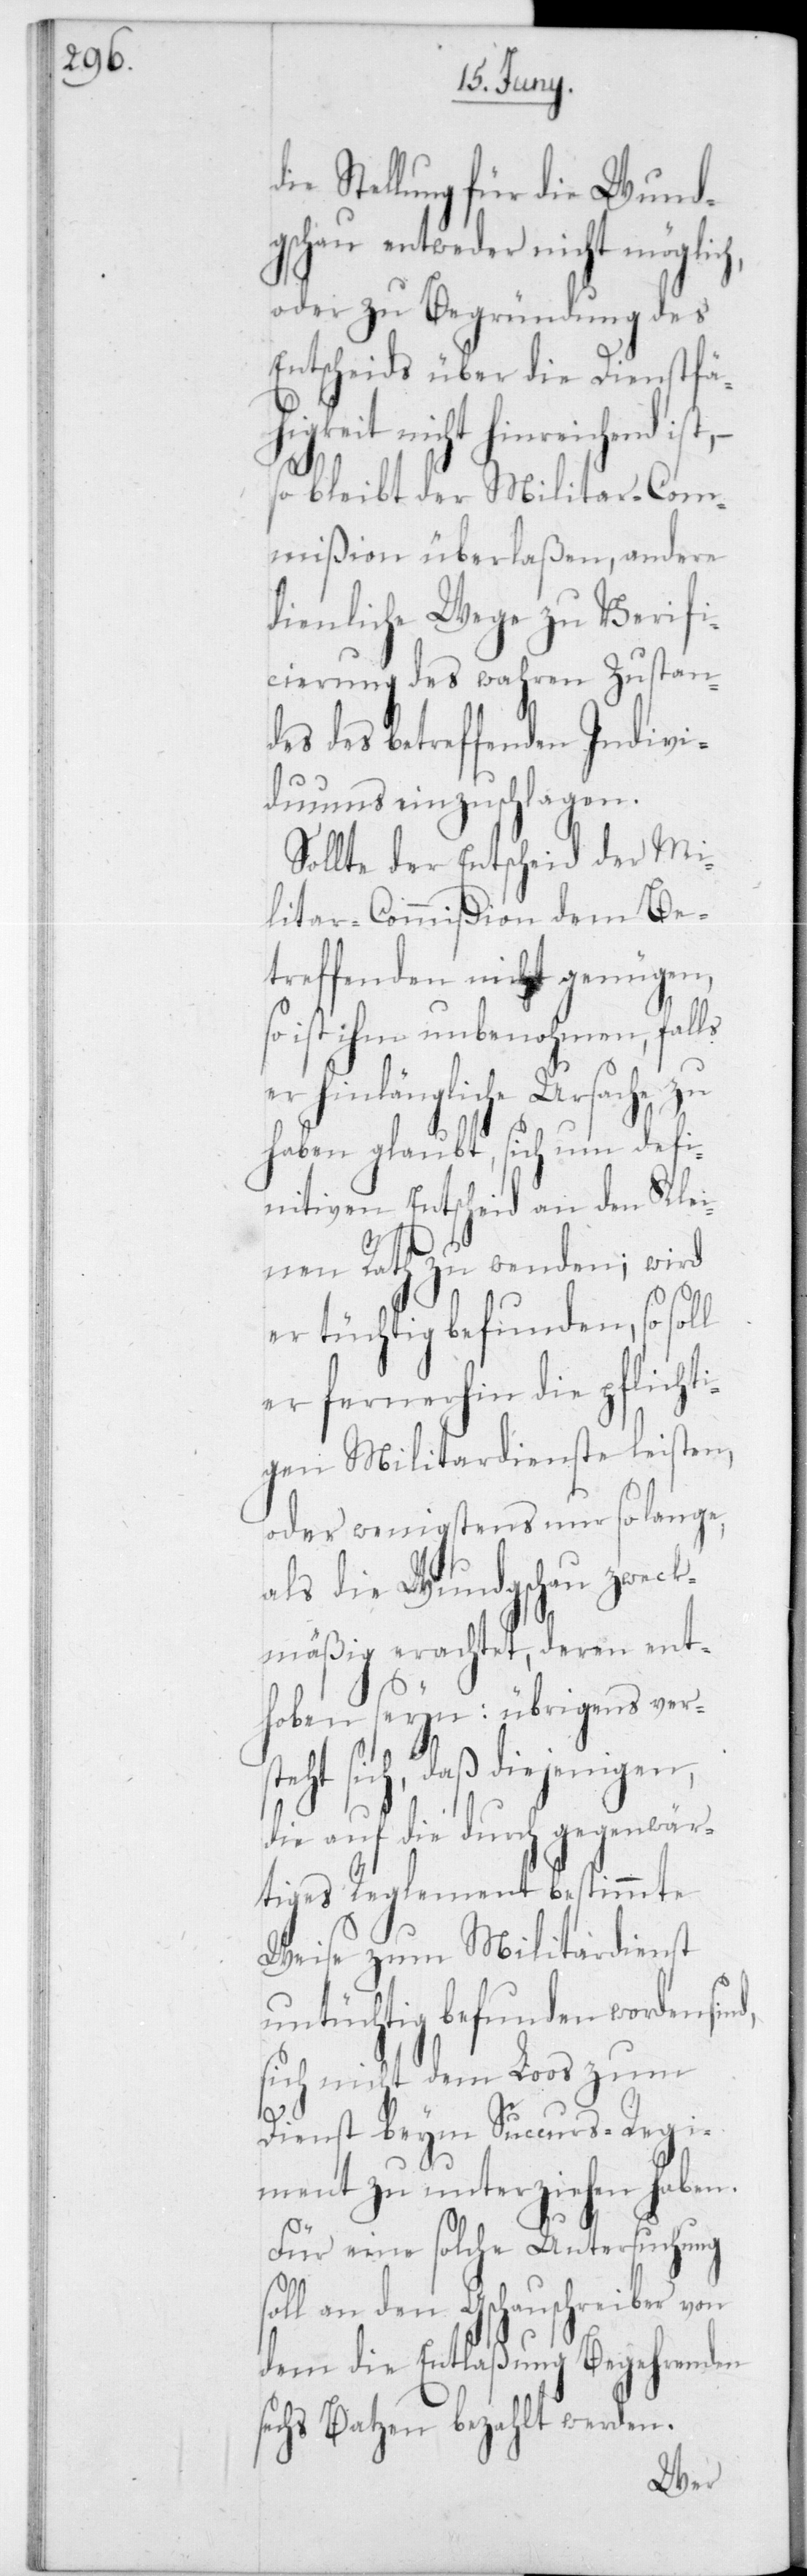
die Stellung für die Wund¬
gschau entweder nicht möglic¬
oder zu Begründung des
Entscheids über die Dienstfähi¬
lichti¬
so bleibt der Militar-Com¬
mißion überlaßen, andere
dienliche Wege zu Verifi¬
cierung des wahren Zustan¬
des des betreffenden Indivi¬
duums einzuschlagen.
Sollte der Entscheid der Mi¬
litar-Commißion dem Be¬
treffenden nicht genügen,
so ist ihm unbenohmen, falls
er hinlängliche Ursache zu
haben glaubt, sich um de¬
finitiven Entscheid an den
nen Rath zu wenden; w¬
er tüchtig befunden, so sol¬
s¬
er fernerhin die pf¬
gen Militardienste leisten,
oder wenigstens nur so lange,
als die Wundgschau zweck¬
mäßig erachtet, deren ent¬
hoben seyn; übrigens vers¬
eht sich, daß diejenigen,
die auf die durch gegenwär¬
tiges Reglement bestimmte
Weise zum Militardienst
untüchtig befunden worden sin¬
sich nicht dem Loos zum
Dienst beym Succurs-Regi¬
ment zu unterziehen haben.
Für eine solche Untersuchung
oll an den Gschauschreiber von
dem die Entlaßung Begehrenden
sechs Batzen bezahlt werden.
Klei¬